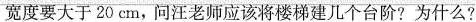
宽度要大于20cm，问汪老师应该将楼梯建几个台阶?为什么?